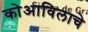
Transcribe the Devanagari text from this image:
कोआविलाचे